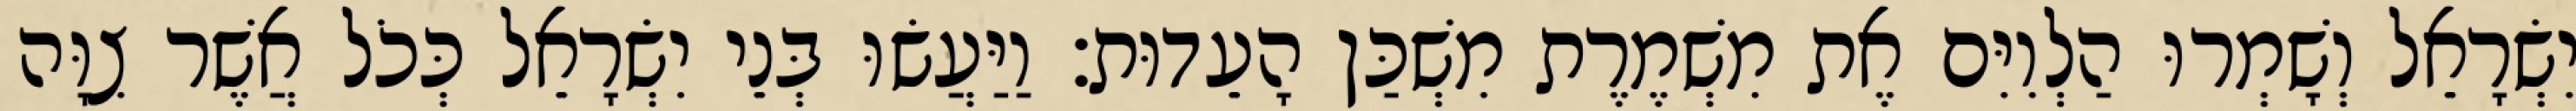
יִשְׂרָאֵל וְשָׁמְרוּ הַלְוִיִּם אֶת מִשְׁמֶרֶת מִשְׁכַּן הָעֵדוּת׃ וַיַּעֲשׂוּ בְּנֵי יִשְׂרָאֵל כְּכֹל אֲשֶׁר צִוָּה